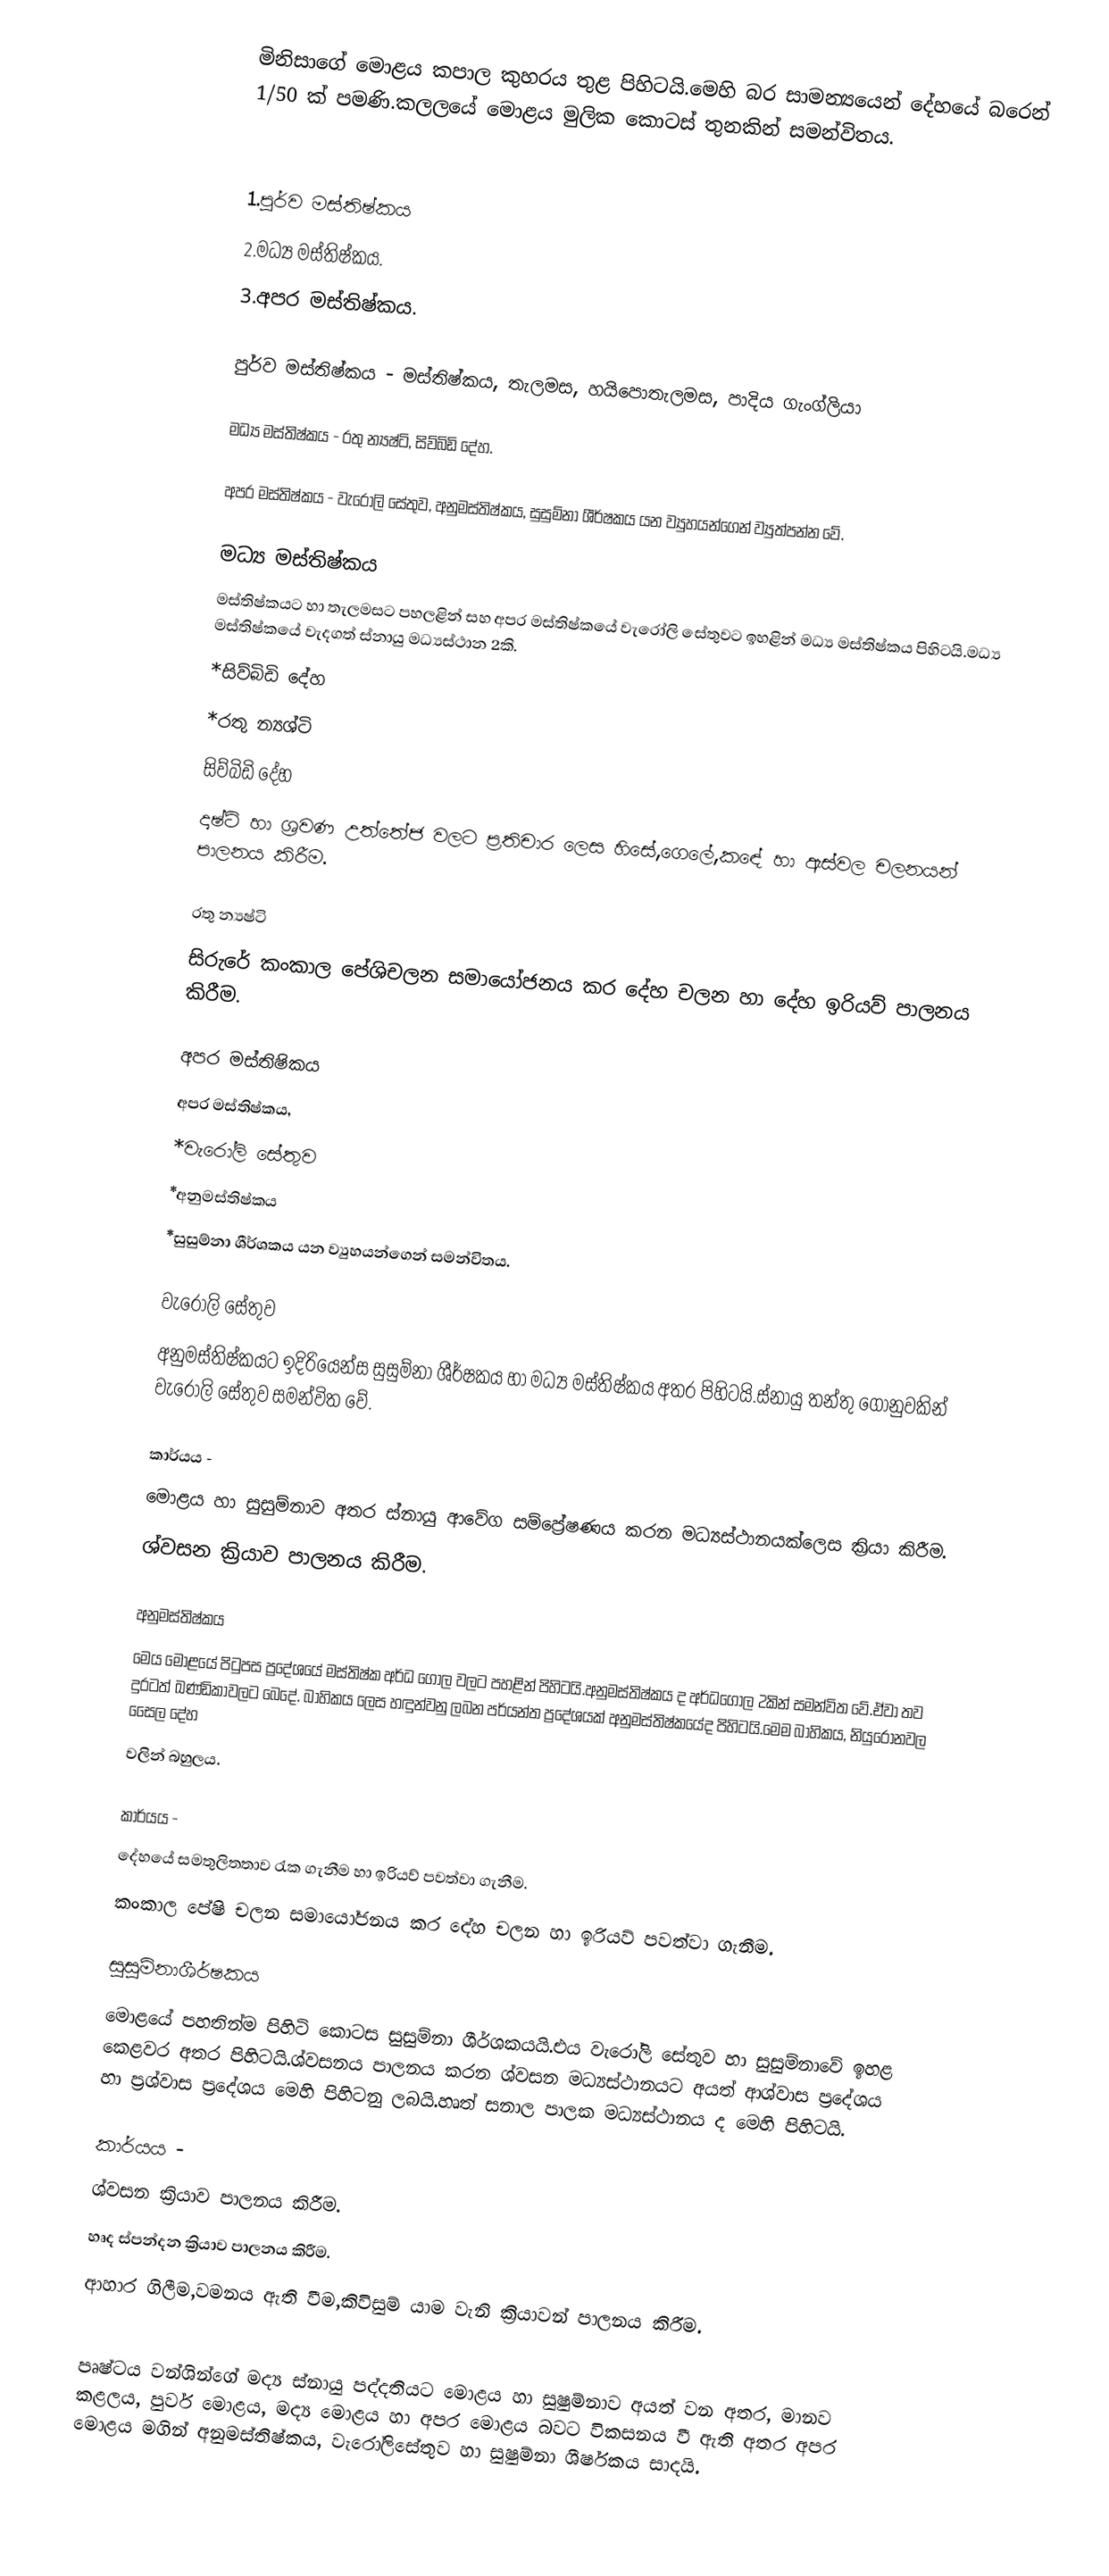
මිනිසාගේ මොළය කපාල කුහරය තුළ පිහිටයි.මෙහි බර සාමන්‍යයෙන් දේහයේ බරෙන් 1/50 ක් පමණි.කලලයේ මොළය මුලික කොටස් තුනකින් සමන්විතය.

1.පුර්ව මස්තිෂ්කය
2.මධ්‍ය මස්තිෂ්කය.
3.අපර මස්තිෂ්කය.

පුර්ව මස්තිෂ්කය - මස්තිෂ්කය, තැලමස, හයිපොතැලමස, පාදිය ගැංග්ලියා

මධ්‍ය මස්තිෂ්කය - රතු න්‍යෂ්ටි, සිව්බිඩි දේහ.

අපර මස්තිෂ්කය - වැරෝලි සේතුව, අනුමස්තිෂ්කය, සුසුම්නා ශීර්ෂකය  යන ව්‍යුහයන්ගෙන් ව්‍යුත්පන්න වේ.

මධ්‍ය මස්තිෂ්කය
මස්තිෂ්කයට හා තැලමසට පහලළින් සහ අපර මස්තිෂ්කයේ වැරෝලි සේතුවට ඉහළින්  මධ්‍ය මස්තිෂ්කය පිහිටයි.මධ්‍ය මස්තිෂ්කයේ වැදගත් ස්නායු මධ්‍යස්ථාන 2කි.
		*සිව්බිඩි දේහ
		*රතු න්‍යශ්ටි
සිව්බිඩි දේහ
දෘෂ්ටි හා ශ්‍රවණ උත්තේජ වලට ප්‍රතිචාර ලෙස හිසේ,ගෙලේ,කඳේ හා ඇස්වල චලනයන් පාලනය කිරීම.

රතු න්‍යෂ්ටි
සිරුරේ කංකාල පේශිචලන සමායෝජනය කර දේහ චලන හා දේහ ඉරියව් පාලනය කිරීම.

අපර මස්තිෂිකය
අපර මස්තිෂ්කය,
	*වැරෝලි සේතුව
	*අනුමස්තිෂ්කය
	*සුසුම්නා ශීර්ශකය යන ව්‍යුහයන්ගෙන් සමන්විතය.

වැරෝලි සේතුව
අනුමස්තිෂ්කයට ඉදිරියෙන්ස සුසුම්නා ශීර්ෂකය හා මධ්‍ය මස්තිෂ්කය අතර පිහිටයි.ස්නායු තන්තු ගොනුවකින් වැරෝලි සේතුව සමන්විත වේ.

කාර්යය -
මොළය හා සුසුම්නාව අතර ස්නායු ආවේග සම්ප්‍රේෂණය කරන මධ්‍යස්ථානයක්ලෙස ක්‍රියා කිරීම.
ශ්වසන ක්‍රියාව පාලනය කිරීම.

අනුමස්තිෂ්කය
මෙය මොළයේ පිටුපස ප්‍රදේශයේ මස්තිෂ්ක අර්ධ ගෝල වලට පහළින් පිහිටයි.අනුමස්තිෂ්කය ද අර්ධගෝල 2කින් සමන්විත වේ.ඒවා තව දුරටත් ඛණ්ඩිකාවලට බෙදේ. බාහිකය ලෙස හඳුන්වනු ලබන පර්යන්ත ප්‍රදේශයක් අනුමස්තිෂ්කයේද පිහිටයි.මෙම බාහිකය, නියුරෝනවල සෛල දේහ
වලින් බහුලය.

කාර්යය -
 දේහයේ සමතුලිතතාව රැක ගැනීම හා ඉරියව් පවත්වා ගැනීම.
 කංකාල පේෂි චලන සමායෝජනය කර දේහ චලන හා ඉරියව් පවත්වා ගැනීම.

සුසුම්නාශීර්ෂකය
මොළයේ පහතින්ම පිහිටි කොටස සුසුම්නා ශීර්ශකයයි.එය වැරෝලි සේතුව හා සුසුම්නාවේ ඉහළ කෙළවර අතර පිහිටයි.ශ්වසනය පාලනය කරන ශ්වසන මධ්‍යස්ථානයට අයත් ආශ්වාස ප්‍රදේශය හා ප්‍රශ්වාස ප්‍රදේශය මෙහි පිහිටනු ලබයි.හෘත් සනාල පාලක මධ්‍යස්ථානය ද මෙහි පිහිටයි.

කාර්යය -
 ශ්වසන ක්‍රියාව පාලනය කිරීම.
 හෘද ස්පන්දන ක්‍රියාව පාලනය කිරීම.
 ආහාර ගිලීම,වමනය ඇති වීම,කිවිසුම් යාම වැනි ක්‍රියාවන් පාලනය කිරීම.

පෘෂ්ටය වන්ශින්ගේ මද්‍ය ස්නායු පද්දතියට මොළය හා සුෂුම්නාව අයත් වන අතර, මානව කළලය, පුර්ව මොළය, මද්‍ය මොළය හා අපර මොළය බවට විකසනය වී ඇති අතර අපර මොළය මගින් අනුමස්තිෂ්කය, වැරෝලිසේතුව හා සුෂුම්නා ශීර්ෂකය සාදයි.